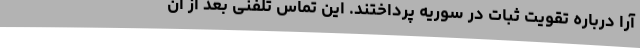
آرا درباره تقویت ثبات در سوریه پرداختند. این تماس تلفنی بعد از آن